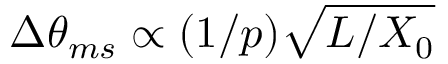
\Delta \theta _ { m s } \propto ( 1 / p ) \sqrt { L / X _ { 0 } }